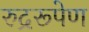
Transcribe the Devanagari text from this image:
रुद्ररूपेण